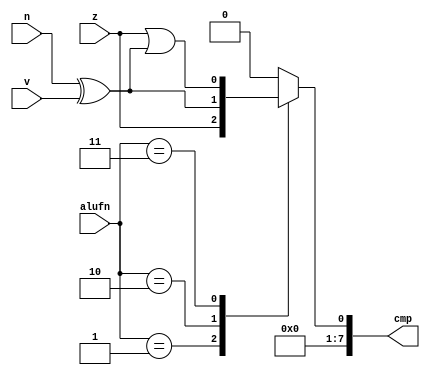
module compare8Bit_15 (
    input [1:0] alufn,
    input z,
    input v,
    input n,
    output reg [7:0] cmp
  );
  
  
  
  reg lessthan;
  
  reg lessequal;
  
  always @* begin
    lessthan = n ^ v;
    lessequal = z | (n ^ v);
    
    case (alufn)
      2'h1: begin
        cmp = {7'h00, z};
      end
      2'h2: begin
        cmp = {7'h00, lessthan};
      end
      2'h3: begin
        cmp = {7'h00, lessequal};
      end
      default: begin
        cmp = 8'h00;
      end
    endcase
  end
endmodule